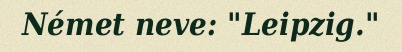
Német neve: "Leipzig."